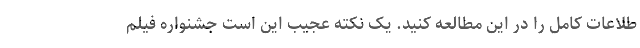
طلاعات کامل را در این مطالعه کنید. یک نکته عجیب این است جشنواره فیلم